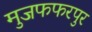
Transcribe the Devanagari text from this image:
मुजफफरपुर